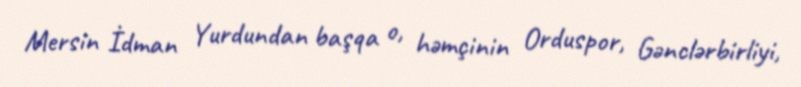
Mersin İdman Yurdundan başqa o, həmçinin Orduspor, Gənclərbirliyi,